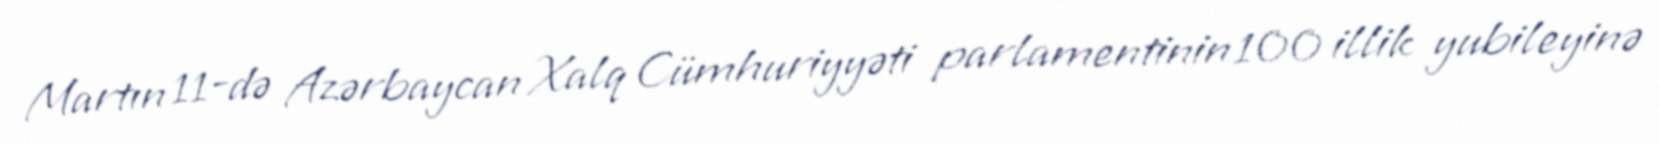
Martın 11-də Azərbaycan Xalq Cümhuriyyəti parlamentinin 100 illik yubileyinə